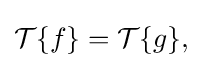
{\textstyle {\mathcal {T}}\{f\}={\mathcal {T}}\{g\},}